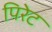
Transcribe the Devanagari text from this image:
पिरेट